Indian journal of veterinary science and animal husbandry - Volume 6,
Year: 1936
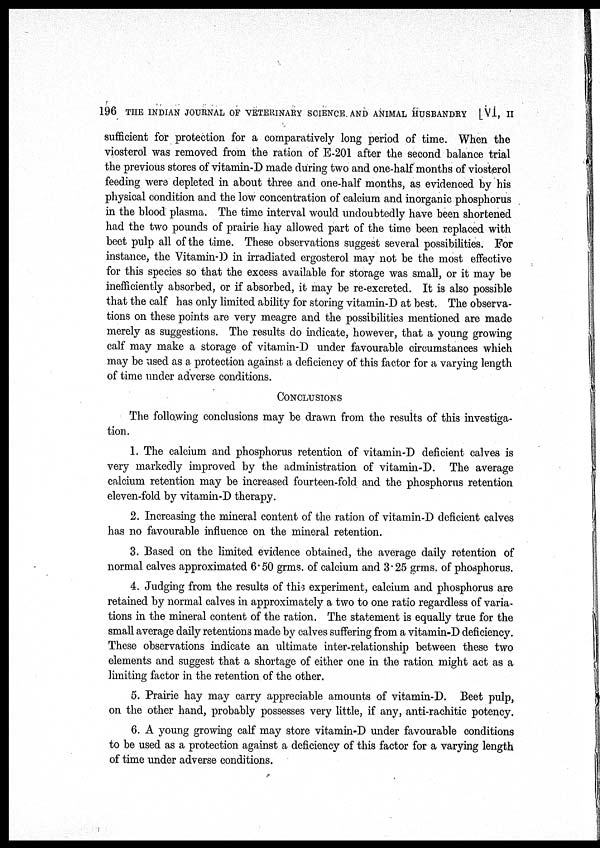
196 THE INDIAN JOURNAL OF VETERINARY SCIENCE AND ANIMAL HUSBANDRY [VI, II
sufficient for protection for a comparatively long period of time. When the
viosterol was removed from the ration of E-201 after the second balance trial
the previous stores of vitamin-D made during two and one-half months of viosterol
feeding were depleted in about three and one-half months, as evidenced by his
physical condition and the low concentration of calcium and inorganic phosphorus
in the blood plasma. The time interval would undoubtedly have been shortened
had the two pounds of prairie hay allowed part of the time been replaced with
beet pulp all of the time. These observations suggest several possibilities. For
instance, the Vitamin-D in irradiated ergosterol may not be the most effective
for this species so that the excess available for storage was small, or it may be
inefficiently absorbed, or if absorbed, it may be re-excreted. It is also possible
that the calf has only limited ability for storing vitamin-D at best. The observa-
tions on these points are very meagre and the possibilities mentioned are made
merely as suggestions. The results do indicate, however, that a young growing
calf may make a storage of vitamin-D under favourable circumstances which
may be used as a. protection against a deficiency of this factor for a varying length
of time under adverse conditions.
CONCLUSIONS
The following conclusions may be drawn from the results of this investiga-
tion.
1. The calcium and phosphorus retention of vitamin-D deficient calves is
very markedly improved by the administration of vitamin-D. The average
calcium retention may be increased fourteen-fold and the phosphorus retention
eleven-fold by vitamin-D therapy.
2. Increasing the mineral content of the ration of vitamin-D deficient calves
has no favourable influence on the mineral retention.
3. Based on the limited evidence obtained, the average daily retention of
normal calves approximated 6.50 grms. of calcium and 3. 25 grms. of phosphorus.
4. Judging from the results of this experiment, calcium and phosphorus are
retained by normal calves in approximately a two to one ratio regardless of varia-
tions in the mineral content of the ration. The statement is equally true for the
small average daily retentions made by calves suffering from a vitamin-D deficiency.
These observations indicate an ultimate inter-relationship between these two
elements and suggest that a shortage of either one in the ration might act as a
limiting factor in the retention of the other.
5. Prairie hay may carry appreciable amounts of vitamin-D. Beet pulp,
on the other hand, probably possesses very little, if any, anti-rachitic potency.
6. A young growing calf may store vitamin-D under favourable conditions
to be used as a protection against a deficiency of this factor for a varying length
of time under adverse conditions.